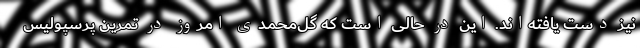
نیز دست یافته‌اند. این در حالی است که گل‌محمدی امروز در تمرین پرسپولیس